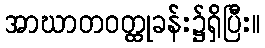
အာဃာတဝတ္ထုခန်း၌ရှိပြီး။